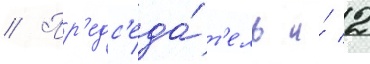
// Пр'едс'еда́т'ель и́ 2